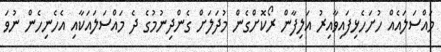
މައްސަލައެއް ހުށަހެޅިފައިވާއިރު އަލިފާން ރޯކޮށްގެން މުދަލަށް ގެންދިނުމުގެ ދެ މައްސަލައަކާއި އެހެނިހެން ނުވަ